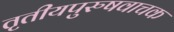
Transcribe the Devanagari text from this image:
तृतीयपुरुषवाचक